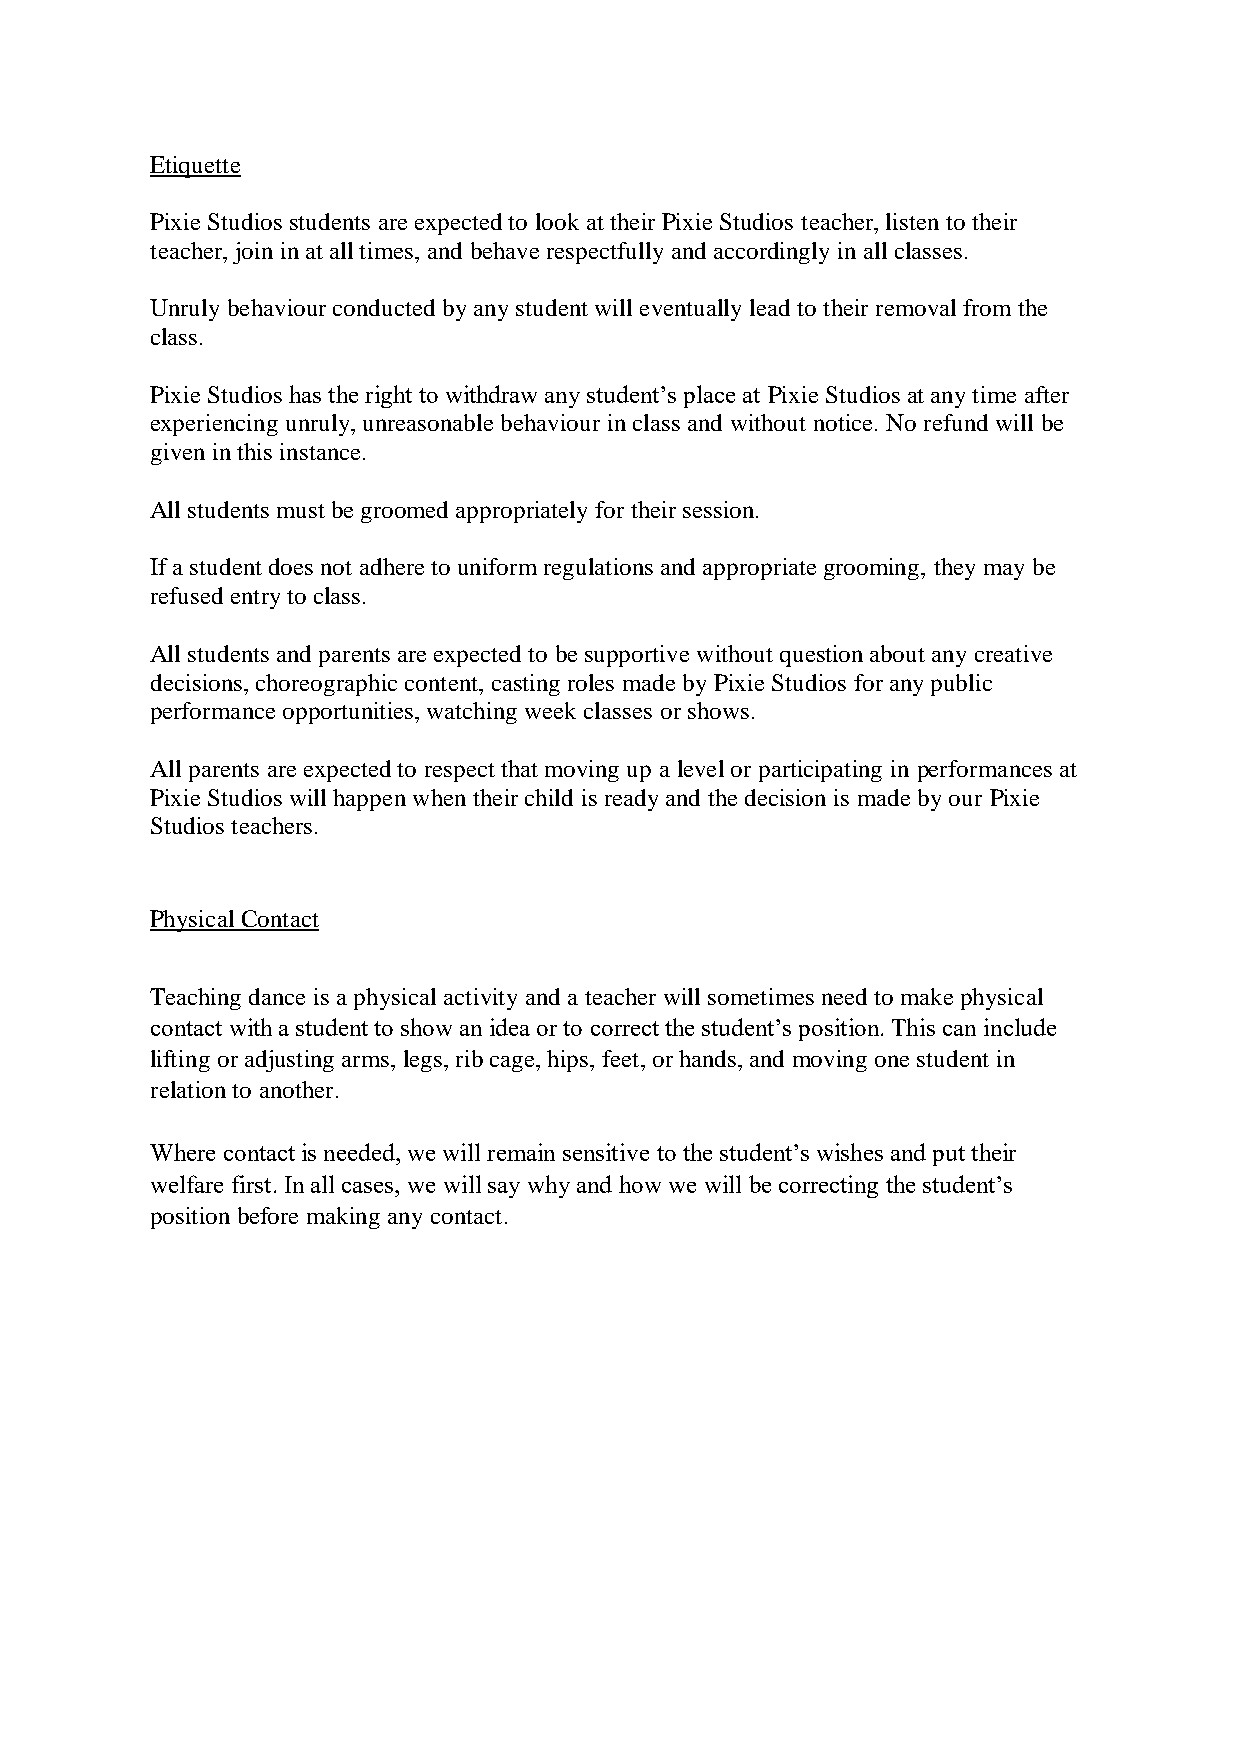
Etiquette
 Pixie Studios students are expected to look at their Pixie Studios teacher, listen to their
 teacher, join in at all times, and behave respectfully and accordingly in all classes.
 Unruly behaviour conducted by any student will eventually lead to their removal from the
 class.
 Pixie Studios has the right to withdraw any student’s place at Pixie Studios at any time after
 experiencing unruly, unreasonable behaviour in class and without notice. No refund will be
 given in this instance.
 All students must be groomed appropriately for their session.
 If a student does not adhere to uniform regulations and appropriate grooming, they may be
 refused entry to class.
 All students and parents are expected to be supportive without question about any creative
 decisions, choreographic content, casting roles made by Pixie Studios for any public
 performance opportunities, watching week classes or shows.
 All parents are expected to respect that moving up a level or participating in performances at
 Pixie Studios will happen when their child is ready and the decision is made by our Pixie
 Studios teachers.
 Physical Contact
 Teaching dance is a physical activity and a teacher will sometimes need to make physical
 contact with a student to show an idea or to correct the student’s position. This can include
 lifting or adjusting arms, legs, rib cage, hips, feet, or hands, and moving one student in
 relation to another.
 Where contact is needed, we will remain sensitive to the student’s wishes and put their
 welfare first. In all cases, we will say why and how we will be correcting the student’s
 position before making any contact.